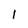
Character: 1